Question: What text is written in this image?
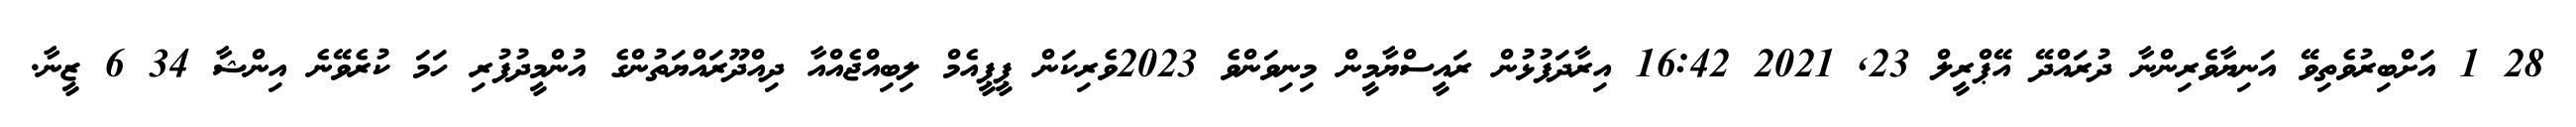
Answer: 28 1 އަށްބިރުވެތިވޭ އަނިޔާވެރިންނާ ދުރައްދޭ އޭޕްރީލް 23, 2021 16:42 އިރާދަފުޅުން ރައީސްޔާމީން މިނިވަންވެ 2023ވެރިކަން ޕީޕީއެމް ލިބިއްޖެއްއާ ދިއްދޫރައްޔަތުންގެ އުންމީދުފުރި ހަމަ ކުރެވޭނެ އިންޝާ 34 6 ޒީނާ.